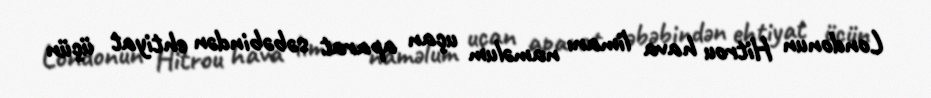
Londonun Hitrou hava limanı naməlum uçan aparat səbəbindən ehtiyat üçün